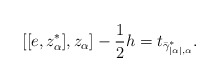
\begin{align*}[[e,z_\alpha^*],z_\alpha]-\frac{1}{2}h=t_{\bar{\gamma}^*_{|\alpha|,\alpha}}.\end{align*}